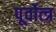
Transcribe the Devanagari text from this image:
पूर्वोत्त्र